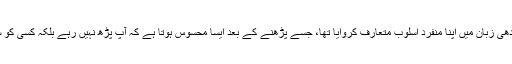
انہوں نے سندھی زبان میں اپنا منفرد اسلوب متعارف کروایا تھا، جسے پڑھنے کے بعد ایسا محسوس ہوتا ہے کہ آپ پڑھ نہیں رہے بلکہ کسی کو سن رہے ہیں۔